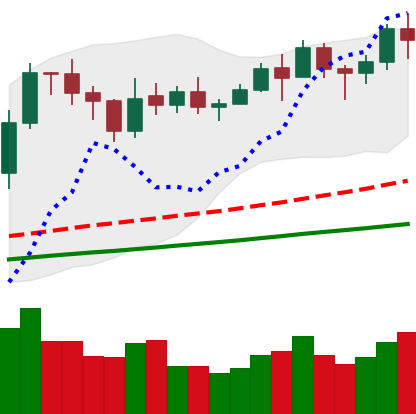
Ticker: LINK-USD
Chart end date: 2021-02-10
Forward return: 21.282%
Label: up_7plus